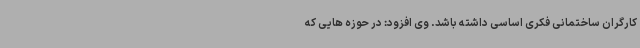
کارگران ساختمانی فکری اساسی داشته باشد. وی افزود: در حوزه هایی که